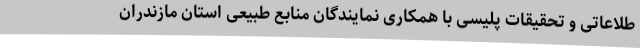
طلاعاتی و تحقیقات پلیسی با همکاری نمایندگان منابع طبیعی استان مازندران